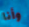
وأنا